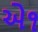
એ૧